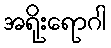
အရိုးရောဂါ